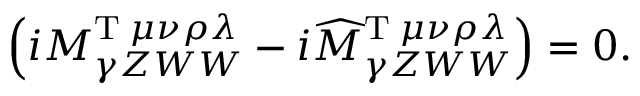
\left( i M _ { \gamma Z W W } ^ { \mathrm { T } \; \mu \nu \rho \lambda } - i \widehat { M } _ { \gamma Z W W } ^ { \mathrm { T } \; \mu \nu \rho \lambda } \right) = 0 .